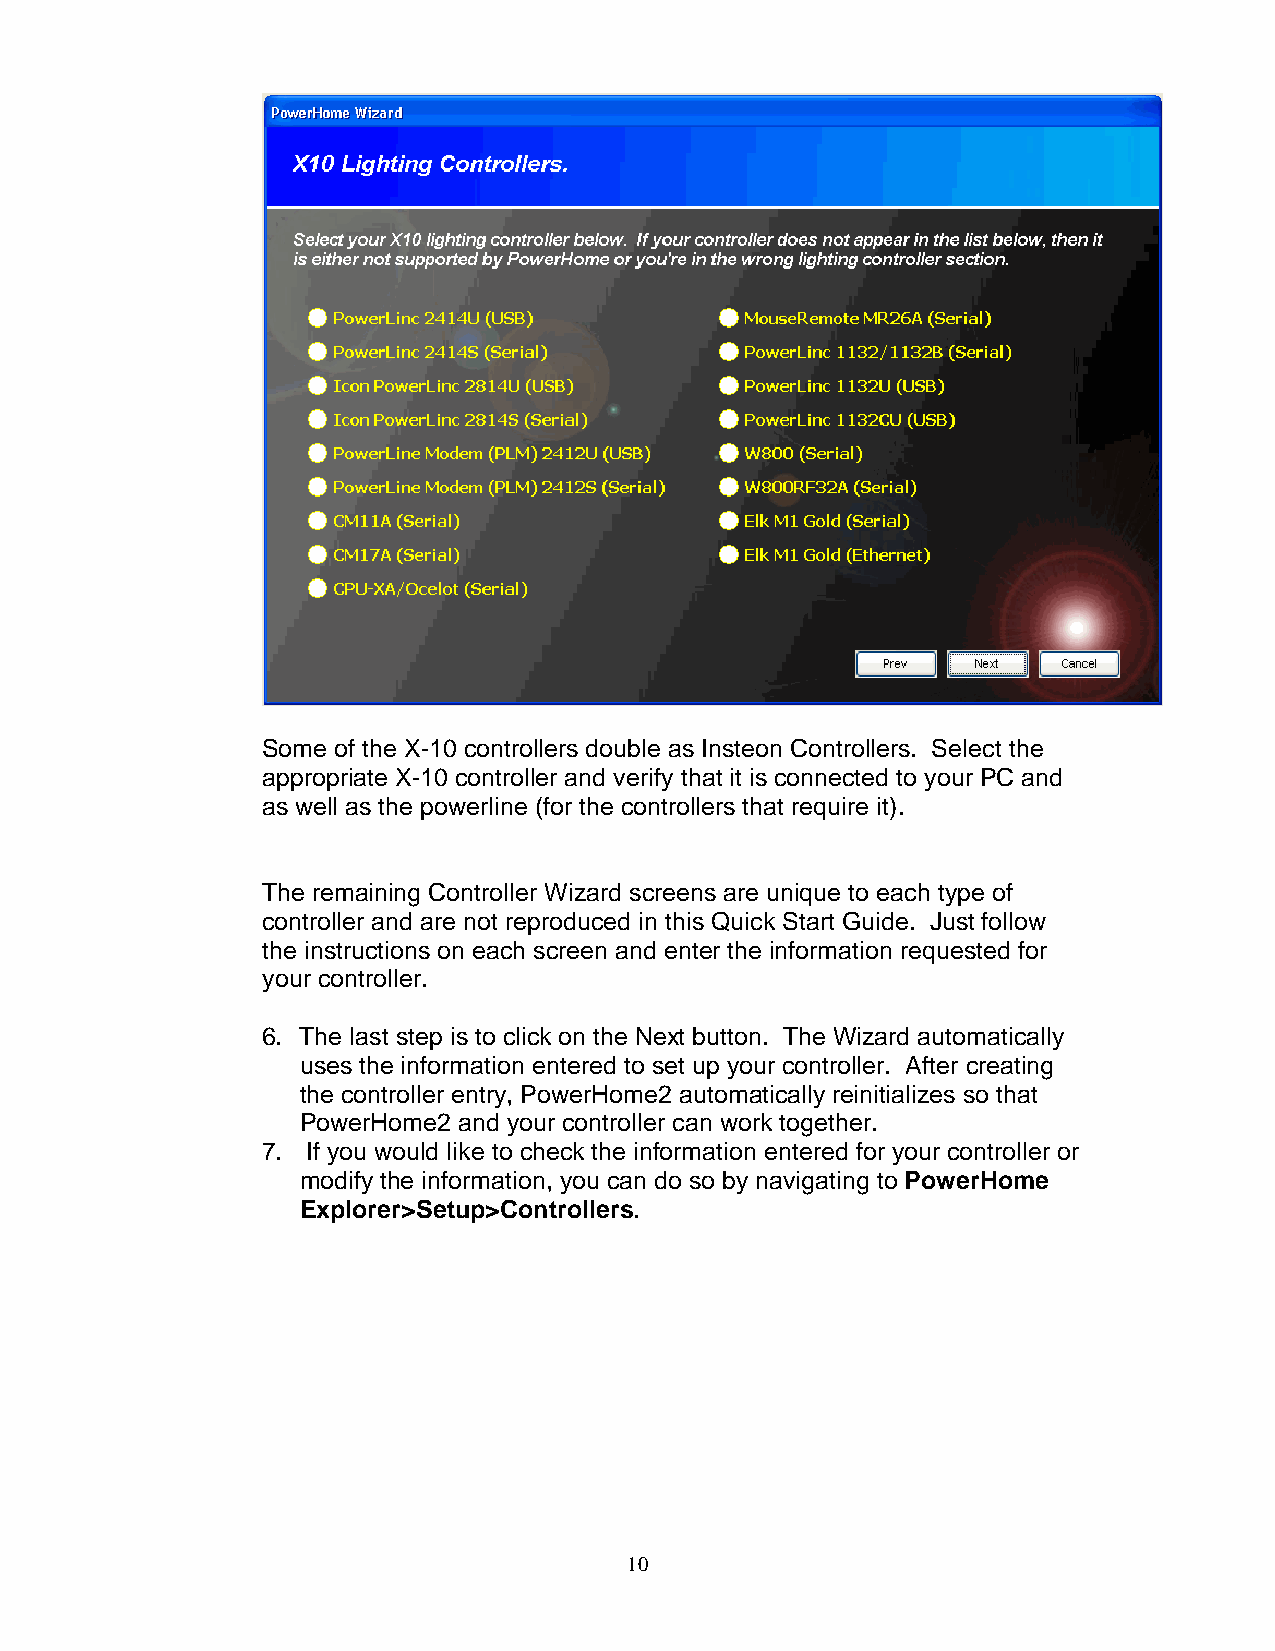
Some of the X-10 controllers double as Insteon Controllers. Select the
 appropriate X-10 controller and verify that it is connected to your PC and
 as well as the powerline (for the controllers that require it).
 The remaining Controller Wizard screens are unique to each type of
 controller and are not reproduced in this Quick Start Guide. Just follow
 the instructions on each screen and enter the information requested for
 your controller.
 6. The last step is to click on the Next button. The Wizard automatically
 uses the information entered to set up your controller. After creating
 the controller entry, PowerHome2 automatically reinitializes so that
 PowerHome2 and your controller can work together.
 7. If you would like to check the information entered for your controller or
 modify the information, you can do so by navigating to PowerHome
 Explorer>Setup>Controllers.
 10